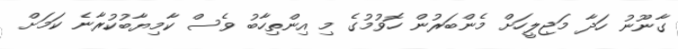
ގާނޫނު ހަދާ މަޖިލީހަށް މެންބަރުން ހޮވުމުގެ މި އިންތިހާބު ވެސް ކާމިޔާބުކުރާނެ ކަމަށް